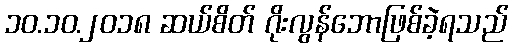
၁၀.၁၀.၂၀၁၈ ဆယ်စိတ် ဂိုးလွန်ဘောဖြစ်ခဲ့ရသည်